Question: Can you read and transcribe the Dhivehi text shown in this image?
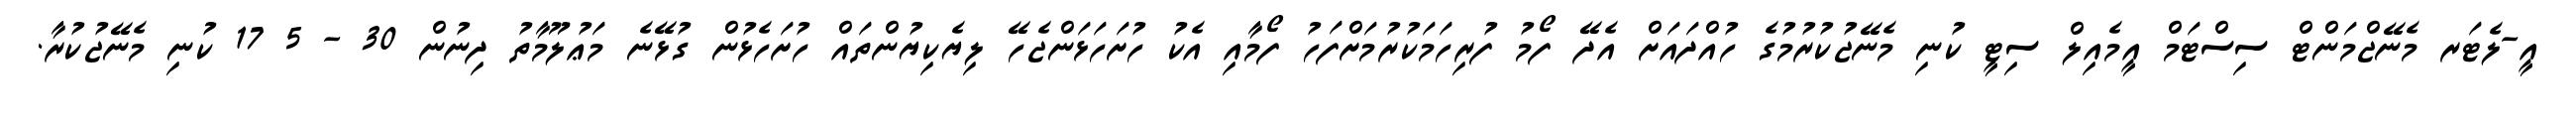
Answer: އީ-ލެޓަރ މެނޭޖްމަންޓް ސިސްޓަމް އީމެއިލް ސިޓީ ކުނި މެނޭޖުކުރުމުގެ ހުއްދައަށް އެދޭ ފޯމު ފުރިހަމަކުރުމަށްފަހު ފޯމާއި އެކު ހުށަހަޅަންޖެހޭ ލިޔެކިޔުންތައް ހުށަހެޅުން ގުޅޭނެ މަޢުލޫމާތު ދިނުން 30 - 5 17 ކުނި މެނޭޖުކުރާ.